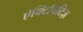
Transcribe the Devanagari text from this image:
ऐक्टिविटिज़